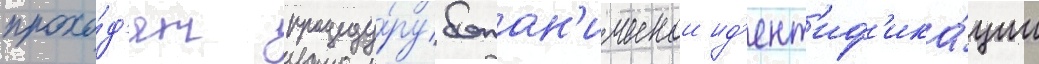
прохо́д'ят процеду́ру ботан'ическои ид'ент'иф'ика́ции